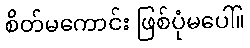
စိတ်မကောင်း ဖြစ်ပုံမပေါ်။